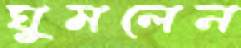
ঘুমলেন